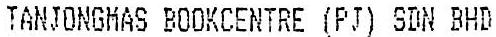
TANJONGMAS BOOKCENTRE (PJ) SDN BHD